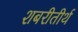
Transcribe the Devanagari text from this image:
शबरीतीर्थ